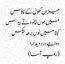
میزاں کھول کے ناؤس
میں ہوں بیخود تے بیوس
کیتا میں نوں برھہ بیکس
دوا ہے درد دیدارا
(روپ آسا)